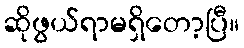
ဆိုဖွယ်ရာမရှိတော့ပြီ။